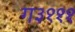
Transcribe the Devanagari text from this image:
ग३१११